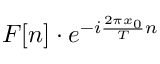
F [ n ] \cdot e ^ { - i { \frac { 2 \pi x _ { 0 } } { T } } n }